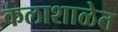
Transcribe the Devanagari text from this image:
कलाशाळेत